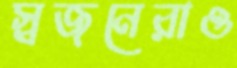
স্বজনেরাও